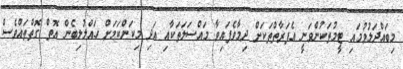
މިބައްދަލުވުމައި ޓީމުތަކުންވަނީ އެފަރާތްތަކަށް ދިމާވެފައިވާ މައްސަލަތަކާއި އަދި މިކަންކަމަށް ހައްލުލިބެން އޮތް ގޮތްތައްވެސް